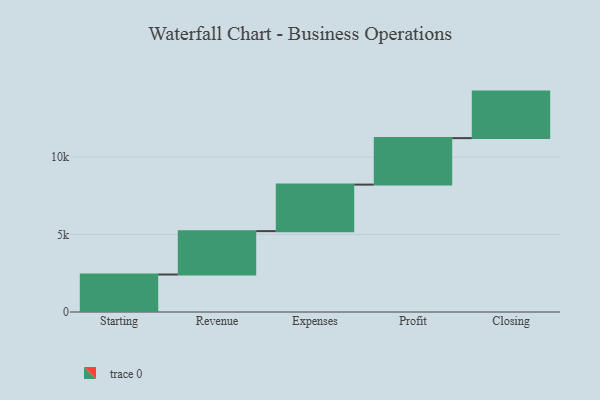
{"axis": {"x": "Step", "y": "Value"}, "legend": [""], "data": [{"x": "Starting", "y": 2418.0, "type": ""}, {"x": "Revenue", "y": 2798.0, "type": ""}, {"x": "Expenses", "y": 3000, "type": ""}, {"x": "Profit", "y": 3000, "type": ""}, {"x": "Closing", "y": 3000, "type": ""}]}